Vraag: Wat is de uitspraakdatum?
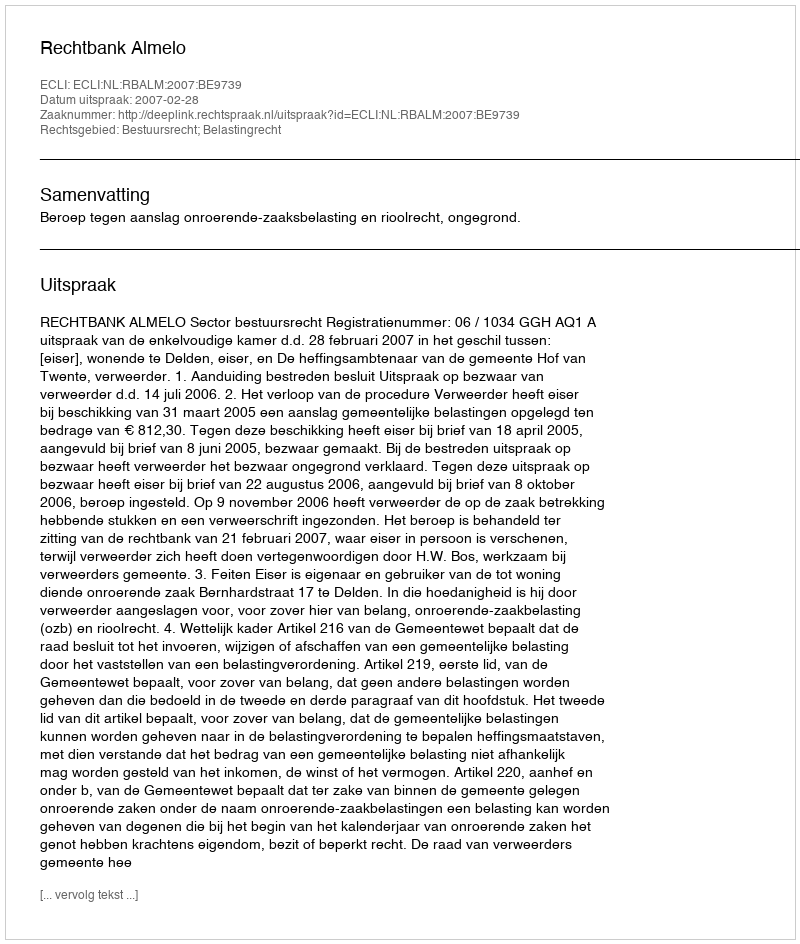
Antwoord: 2007-02-28